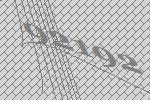
92192